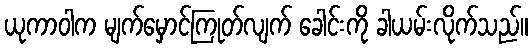
ယုကာဝါက မျက်မှောင်ကြုတ်လျက် ခေါင်းကို ခါယမ်းလိုက်သည်။